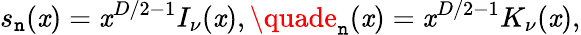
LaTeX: s_{\mathtt{n}}(\mathit{x})=\mathit{x}^{D/2-1}I_{\nu}(\mathit{x}),\quade_{\mathtt{n}}(\mathit{x})=\mathit{x}^{D/2-1}K_{\nu}(\mathit{x}),